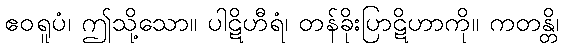
ဧဝရူပံ၊ ဤသို့သော။ ပါဋိဟီရံ၊ တန်ခိုးပြာဋိဟာကို။ ကတန္တိ၊